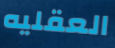
العقليه